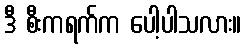
ဒီ စီးကရက်က ပေါ့ပါသလား။